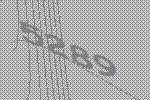
5289